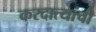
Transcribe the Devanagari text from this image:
करदात्यांची